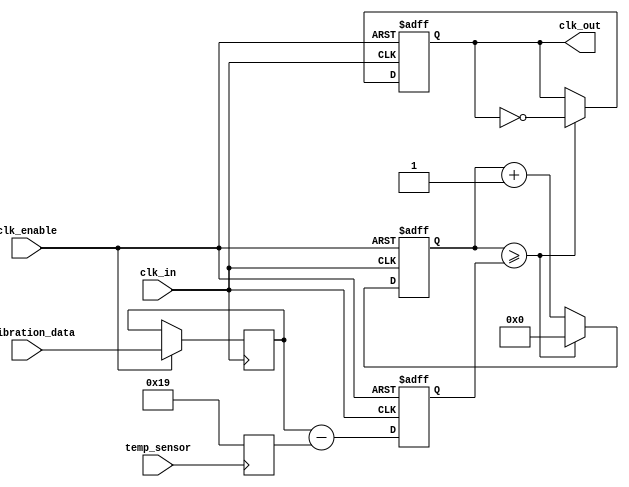
module temp_compensated_clock_buffer (
    input wire clk_in,               // Input clock
    input wire temp_sensor,          // Temperature sensor input
    input wire [7:0] calibration_data, // Calibration data from memory
    input wire clk_enable,           // Clock enable signal
    output reg clk_out               // Compensated clock output
);

    reg [7:0] temp_offset;           // Holds temperature offset
    reg [7:0] adjusted_delay;         // Adjusted delay value based on temperature
    reg [31:0] counter;               // Counter for clock generation
    reg [7:0] temp_value;             // Read temperature value

    // Temperature sensing logic (mock)
    always @(posedge temp_sensor) begin
        // Assume temp_sensor gives a signal every clock cycle when temperature is to be read
        temp_value <= temp_sensor_value(); // Replace with actual sensor reading logic
    end

    // Control logic to adjust clock delay based on temperature
    always @(posedge clk_in or negedge clk_enable) begin
        if (!clk_enable) begin
            clk_out <= 0;
            counter <= 0;
            adjusted_delay <= 8'b0; // Reset delay on disable
        end else begin
            // Read calibration data
            temp_offset <= calibration_data;

            // Adjust delay based on temperature
            // A simple linear adjustment for demonstration purposes
            adjusted_delay <= temp_offset - temp_value;

            // Generate the compensated clock
            if (counter >= adjusted_delay) begin
                clk_out <= ~clk_out; // Toggle output clock
                counter <= 0; // Reset counter
            end else begin
                counter <= counter + 1; // Increment counter
            end
        end
    end

    // Mock function to emulate temperature sensor value reading
    function [7:0] temp_sensor_value();
        begin
            // Dummy implementation: Replace with actual temperature reading logic
            // This is just a placeholder; returning a fixed value for demo purposes
            temp_sensor_value = 8'd25; // Simulate a temperature of 25 degrees
        end
    endfunction

endmodule